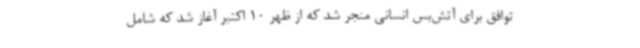
توافق برای آتش‌بس انسانی منجر شد که از ظهر 10 اکتبر آغاز شد که شامل